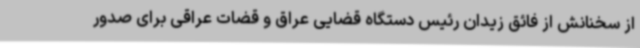
از سخنانش از فائق زیدان رئیس دستگاه قضایی عراق و قضات عراقی برای صدور